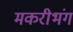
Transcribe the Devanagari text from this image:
मकरीभंग